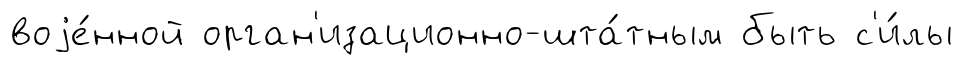
воjе́нной орган'изационно-шта́тным быть с'и́лы